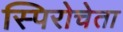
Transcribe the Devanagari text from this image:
स्पिरोचेता